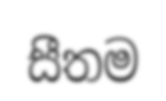
සීතම